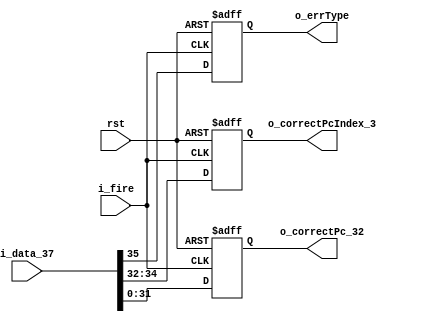
module nbjCorrect (
    input i_fire,
    input rst,
    input [35:0] i_data_37,
    output reg o_errType,
    output reg [2:0] o_correctPcIndex_3,
    output reg [31:0] o_correctPc_32
);
    always @(posedge i_fire or negedge rst) begin
        if(!rst)begin
            o_errType <= 0;
            o_correctPc_32 <= 32'b0;
            o_correctPcIndex_3 <= 3'b0;
        end
        else begin
            o_correctPc_32 <= i_data_37[0+:32];
            o_correctPcIndex_3 <= i_data_37[32+:3];
            o_errType <= i_data_37[35];
        end
    end
endmodule